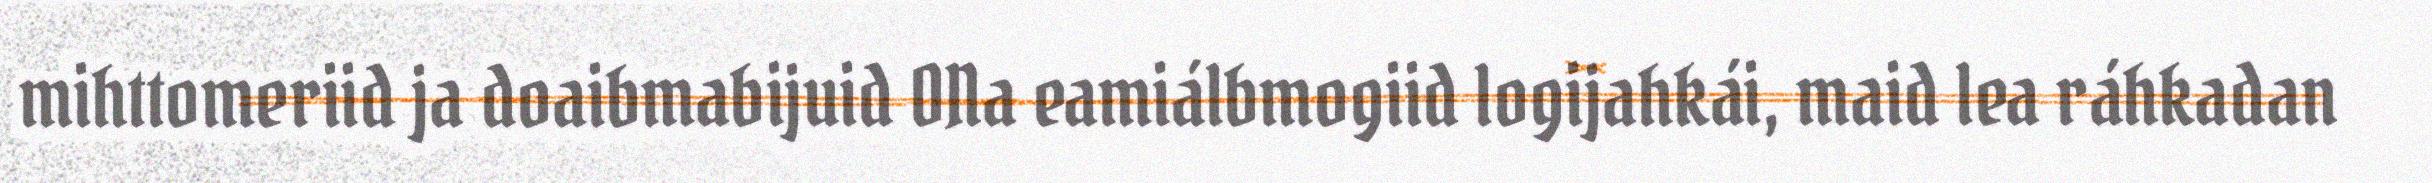
mihttomeriid ja doaibmabijuid ONa eamiálbmogiid logijahkái, maid lea ráhkadan